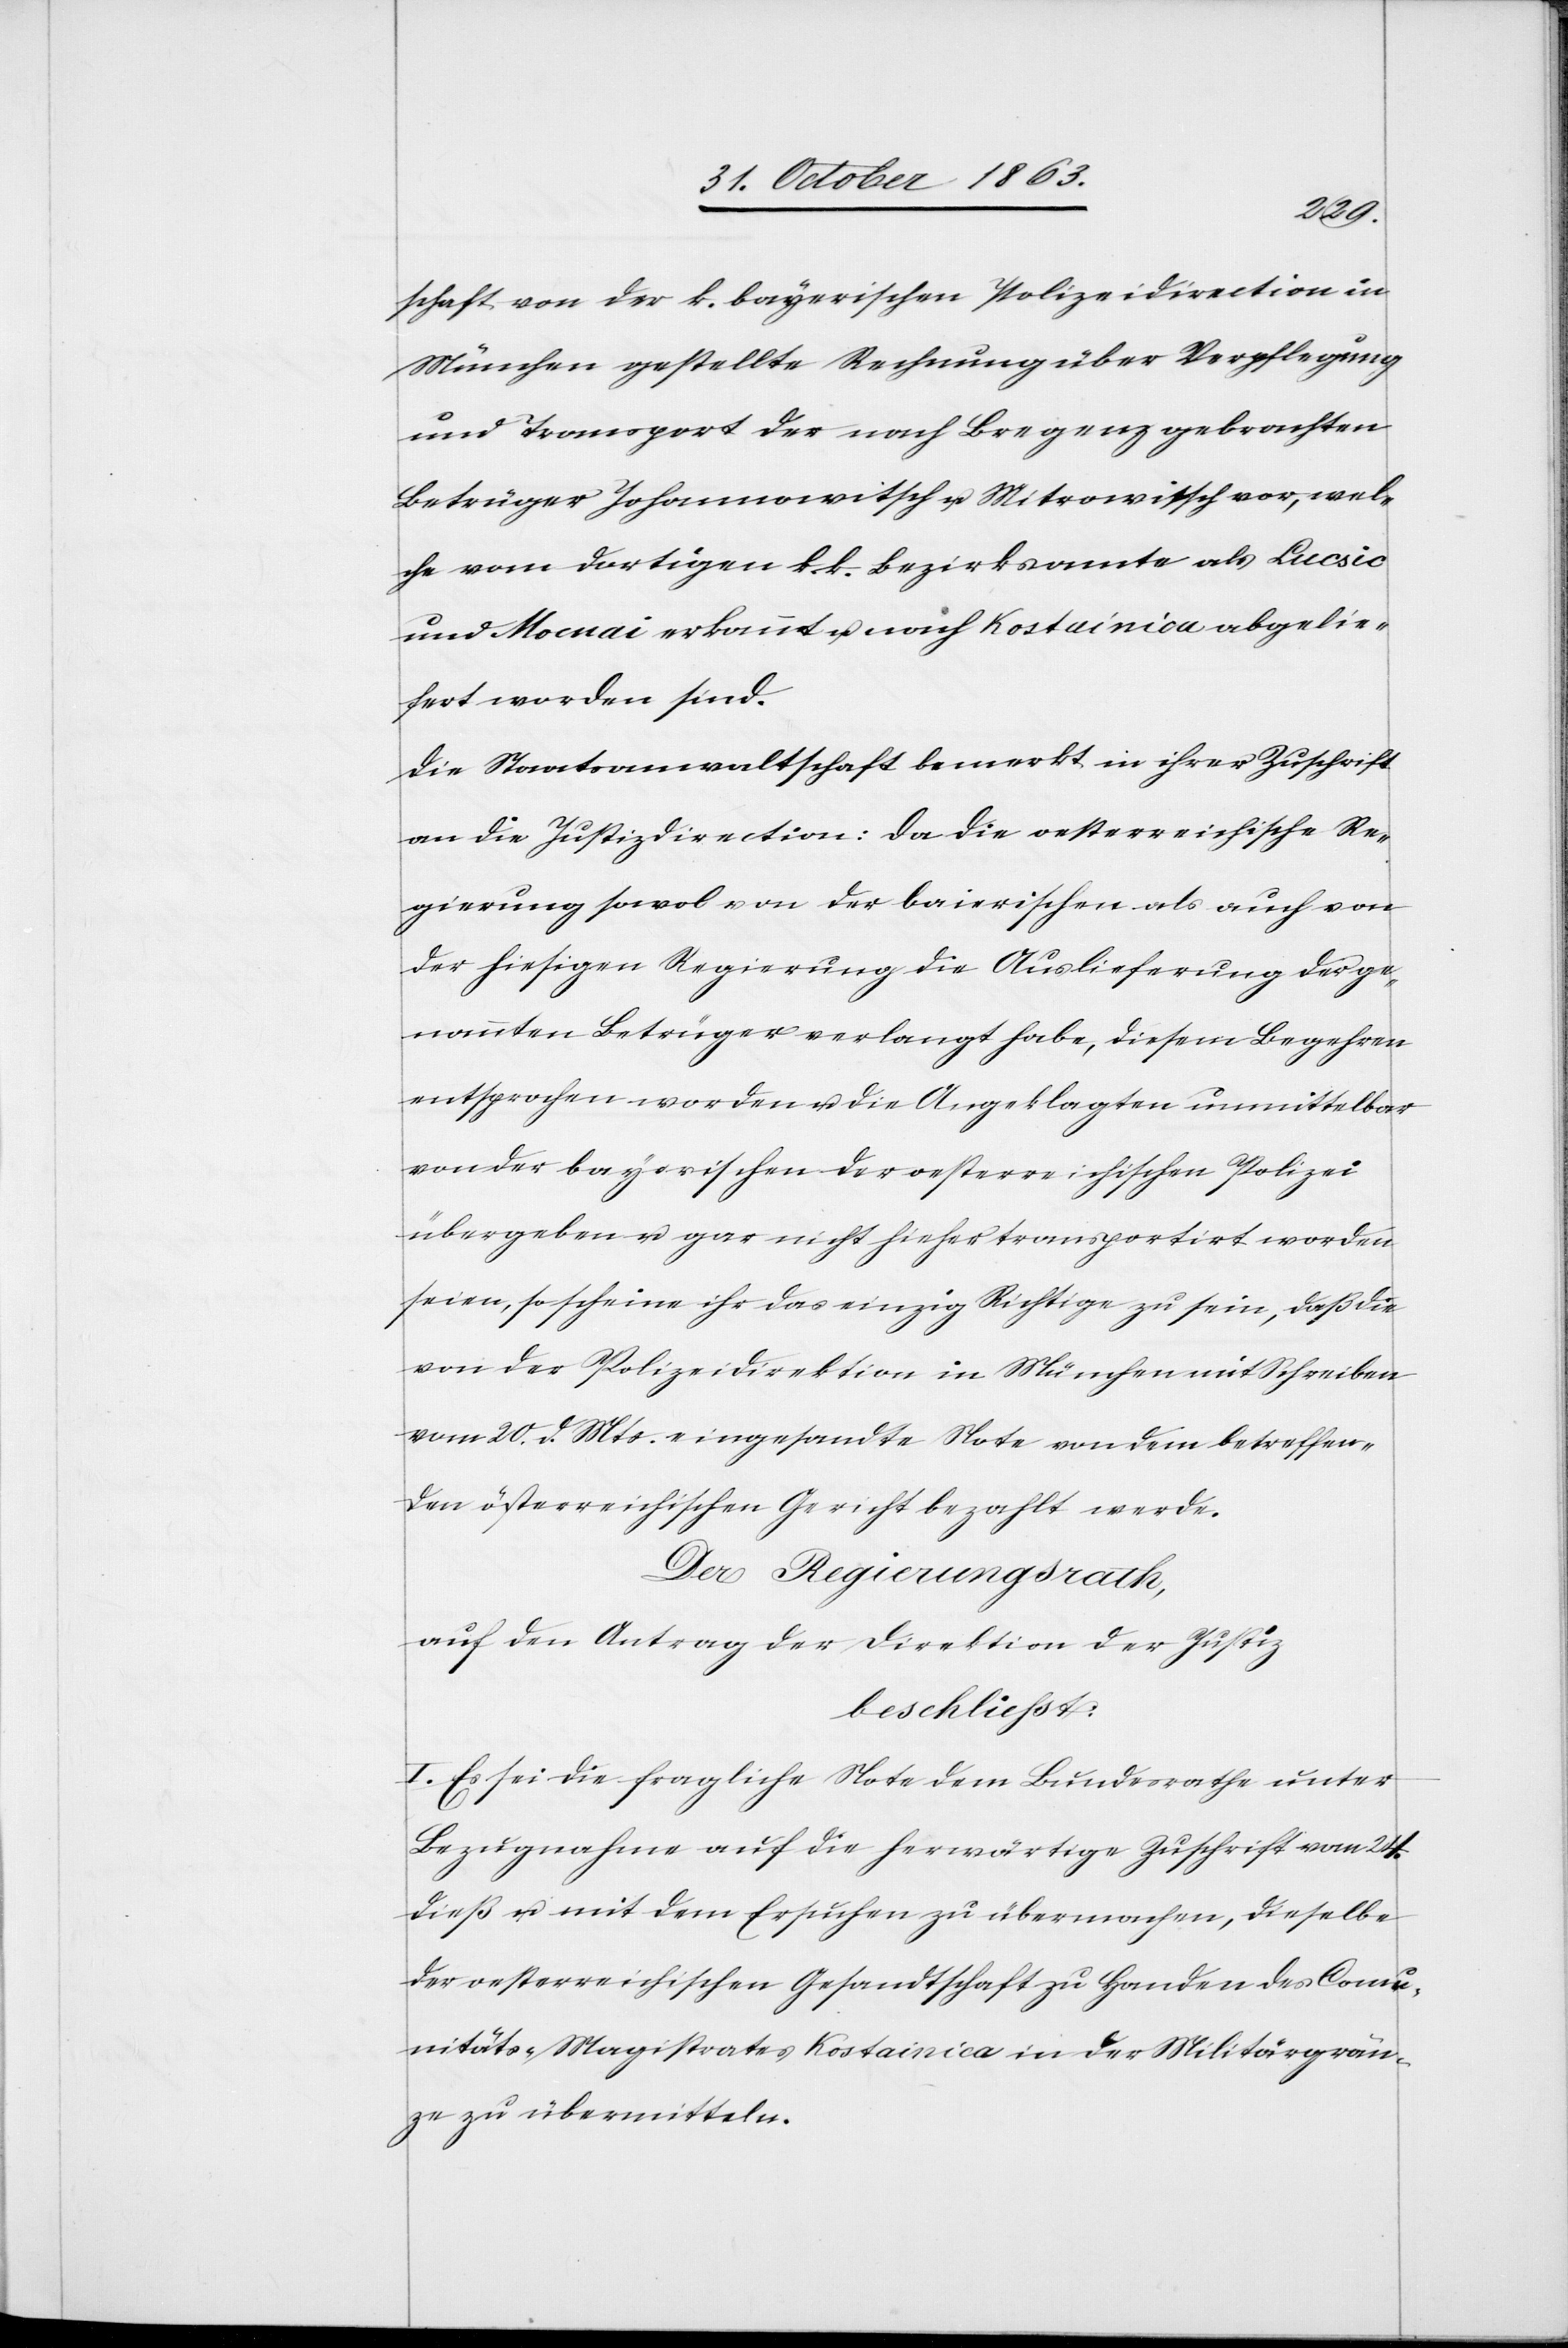
schaft von der k. bayerischen Polizeidirection in
München gestellte Rechnung über Verpflegung
und Transport der nach Bregenz gebrachten
Betrüger Johannowitsch u. Mitrowitsch vor, wel¬
che vom dortigen k. k. Bezirksamte als Lucsic
und Mocnai erkannt u. nach Kostainica abgelie¬
fert worden sind.
Die Staatsanwaltschaft bemerkt in ihrer Zuschrift
an die Justizdirection: Da die oesterreichische Re¬
gierung sowol von der baierischen als auch von
der hiesigen Regierung die Auslieferung der ge¬
nannten Betrüger verlangt habe, diesem Begehren
entsprochen worden u. die Angeklagten unmittelbar
von der bayerischen der oesterreichischen Polizei
übergeben u. gar nicht hieher transportirt worden
seien, so scheine ihr das einzig Richtige zu sein, daß die
von der Polizeidirektion in München mit Schreiben
vom 20. d. Mts. eingesandte Note von dem betreffen¬
den österreichischen Gericht bezahlt werde.
Der Regierungsrath,
auf den Antrag der Direktion der Justiz
beschließt:
I. Es sei die fragliche Note dem Bundesrathe unter
Bezugnahme auf die herwärtige Zuschrift vom 24.
dieß u. mit dem Ersuchen zu übermachen, dieselbe
der oesterreichischen Gesandtschaft zu Handen des Comu¬
nitäts-Magistrates Kostainica in der Militärgrän¬
ze zu übermitteln.